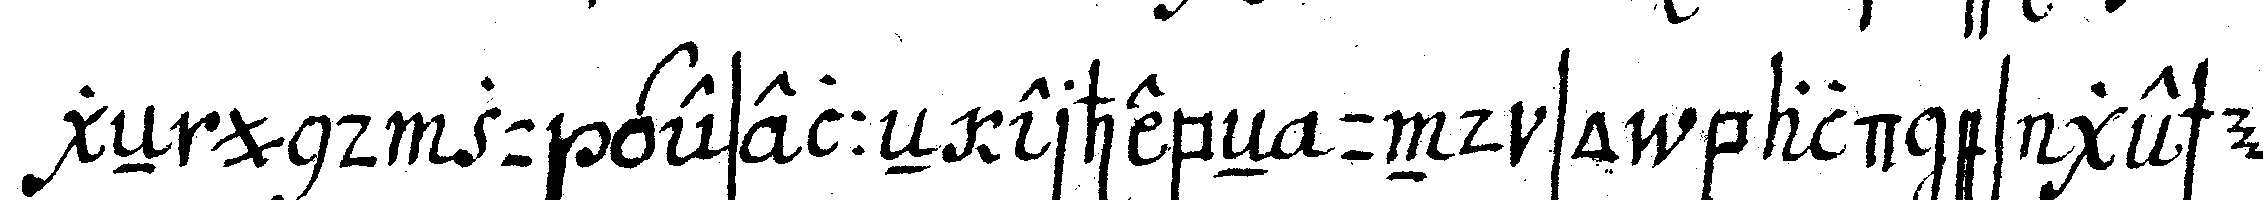
geN und zu geselleN erhebeN und so bald es gesche